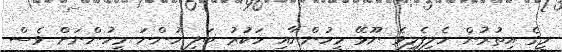
މީގެ އިތުރުން ހެލިފެލިވެ ނޫޅޭ މީހުންނާއި ހަކުރު ބަލި ހުންނަ މީހުންނަށް ވެސް